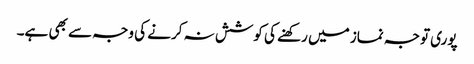
پوری توجہ نماز میں رکھنے کی کوشش نہ کرنے کی وجہ سے بھی ہے۔